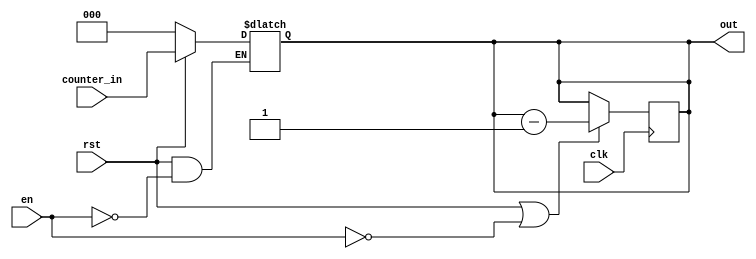
module counter #(
    parameter k = 3
) (
    input rst,
    input clk,
    input en,
    input [k-1:0] counter_in,
    output [k-1:0] out
);

reg [k-1:0] counter;

always @(negedge clk ) begin
    if(rst || !en)   
        counter <= counter - 1;
end

always@(*) begin
    if(!rst) 
        counter <= 0;
    else if(en) 
        counter <= counter_in;
end



assign out = counter;



endmodule